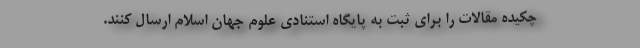
چکیده مقالات را برای ثبت به پایگاه استنادی علوم جهان اسلام ارسال کنند.